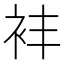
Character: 𬡈